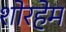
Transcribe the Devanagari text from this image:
शोरहेम